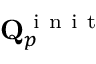
\mathbf { Q } _ { p } ^ { \mathrm { ~ i ~ n ~ i ~ t ~ } }